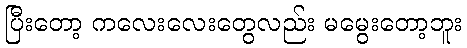
ပြီးတော့ ကလေးလေးတွေလည်း မမွေးတော့ဘူး